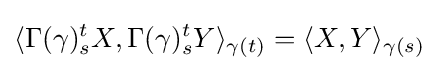
\langle \Gamma (\gamma )_{s}^{t}X,\Gamma (\gamma )_{s}^{t}Y\rangle _{\gamma (t)}=\langle X,Y\rangle _{\gamma (s)}